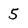
Character: 5